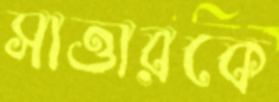
সাত্তারকে